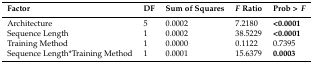
| Factor | DF | Sum of Squares | F Ratio | Prob >F |
 | --- | --- | --- | --- | --- |
 | Architecture | 5 | 0.0002 | 7.2180 | <0.0001 |
 | Sequence Length | 1 | 0.0002 | 38.5229 | <0.0001 |
 | Training Method | 1 | 0.0000 | 0.1122 | 0.7395 |
 | Sequence Length*Training Method | 1 | 0.0001 | 15.6379 | 0.0003 |